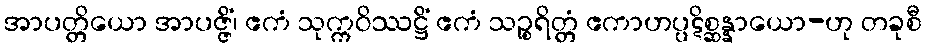
အာပတ္တိယော အာပဇ္ဇိံ၊ ဧကံ သုက္ကဝိဿဋ္ဌိံ ဧကံ သဉ္စရိတ္တံ ဧကာဟပ္ပဋိစ္ဆန္နာယော-ဟု တခုစီ